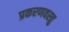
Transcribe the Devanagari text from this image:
प्रकरणवस्तु